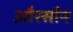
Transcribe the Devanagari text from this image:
औरसौन